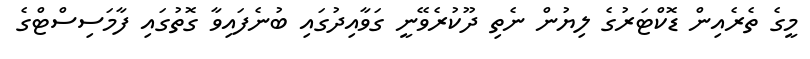
މީގެ ތެރެއިން ޑޮކްޓަރުގެ ލިޔުން ނެތި ދޫކުރެވޭނީ ގަަވާއިދުގައި ބުނެފައިވާ ގޮތުގައި ފާމަސިސްޓްގެ